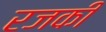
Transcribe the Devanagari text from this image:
रजकी